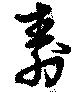
寿